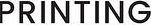
PRINTING